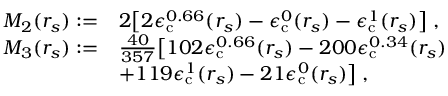
\begin{array} { r l } { M _ { 2 } ( r _ { s } ) : = } & { 2 \big [ 2 \epsilon _ { \mathrm { c } } ^ { 0 . 6 6 } ( r _ { s } ) - \epsilon _ { \mathrm { c } } ^ { 0 } ( r _ { s } ) - \epsilon _ { \mathrm { c } } ^ { 1 } ( r _ { s } ) \big ] \; , } \\ { M _ { 3 } ( r _ { s } ) : = } & { \frac { 4 0 } { 3 5 7 } \big [ 1 0 2 \epsilon _ { \mathrm { c } } ^ { 0 . 6 6 } ( r _ { s } ) - 2 0 0 \epsilon _ { \mathrm { c } } ^ { 0 . 3 4 } ( r _ { s } ) } \\ & { + 1 1 9 \epsilon _ { \mathrm { c } } ^ { 1 } ( r _ { s } ) - 2 1 \epsilon _ { \mathrm { c } } ^ { 0 } ( r _ { s } ) \big ] \; , } \end{array}